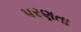
પરણતા